Report on sanitation, dispensaries, and jails in Rajputana for 1919, and on vaccination for the year 1919-1920 - 1919-1920
Year: 1919
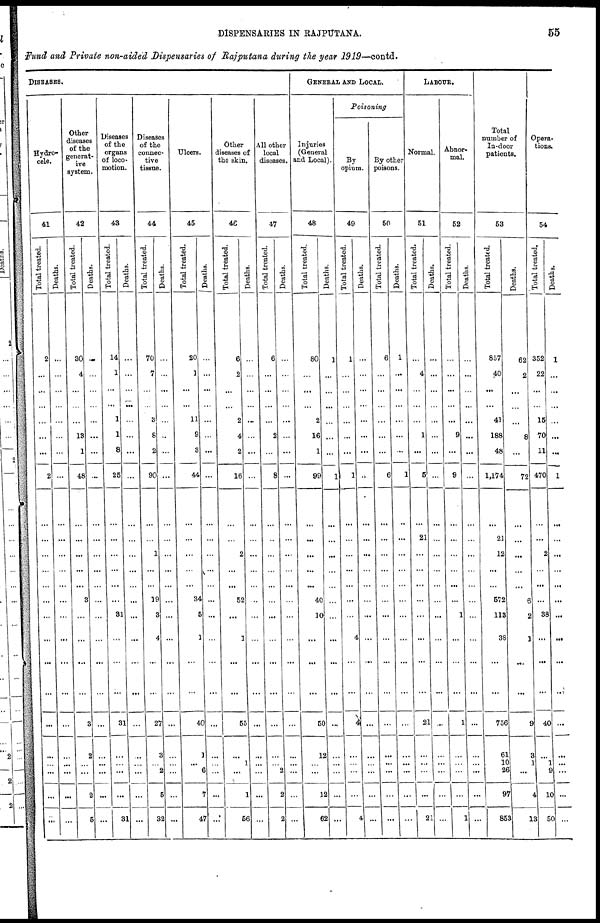
DISPENSARIES IN RAJPUTANA.
55
Fund and Private non-aided Dispensaries of Rajputana during the year 1919—contd.
DISEASES.
Hydro-
cele.
41
Total treated.
2
...
...
...
...
...
...
2
...
...
...
...
...
...
...
...
...
...
...
...
...
...
...
...
Deaths.
...
...
...
...
...
...
...
...
...
...
...
...
...
...
...
...
...
...
...
...
...
...
...
...
Other
diseases
of the
generat-
ive
system.
42
Total treated.
30
4
...
...
...
13
1
48
...
...
...
...
...
3
...
...
...
...
3
2
...
...
2
5
Deaths.
...
...
...
...
...
...
...
...
...
...
...
...
...
...
...
...
...
...
...
...
...
...
...
...
Diseases
of the
organs
of loco-
motion.
43
Total treated.
14
1
...
...
1
1
8
25
...
...
...
...
...
...
31
...
...
...
31
...
...
...
...
31
Deaths.
...
...
...
...
...
...
...
...
...
...
...
...
...
...
...
...
...
...
...
...
...
...
...
...
Diseases
of the
connec-
tive
tissue.
44
Total treated.
70
7
...
...
3
8
2
90
...
...
1
...
...
19
3
4
...
...
27
3
...
2
5
32
Deaths.
...
...
...
...
...
...
...
...
...
...
...
...
...
...
...
...
...
...
...
...
...
...
...
...
Ulcers.
45
Total treated.
20
1
...
...
11
9
3
44
...
...
...
...
...
34
5
1
...
...
40
1
...
6
7
47
Deaths.
...
...
...
...
...
...
...
...
...
...
...
...
...
...
...
...
...
...
...
...
...
...
...
...
Other
diseases of
the skin.
46
Total treated.
6
2
...
...
2
4
2
16
...
...
2
...
...
52
...
1
...
...
55
...
1
...
1
56
Deaths.
...
...
...
...
...
...
...
...
...
...
...
...
...
...
...
...
...
...
...
...
...
...
...
...
All other
local
diseases.
47
Total treated.
6
...
...
...
...
2
...
8
...
...
...
...
...
...
...
...
...
...
...
...
...
2
2
2
Deaths.
...
...
...
...
...
...
...
...
...
...
...
...
...
...
...
...
...
...
...
...
...
...
...
GENERAL AND LOCAL
Injuries
(General
and Local).
48
Total treated.
80
...
...
...
2
16
1
99
...
...
...
...
...
40
10
...
...
...
50
12
...
...
12
62
Deaths.
1
...
...
...
...
...
...
1
...
...
...
...
...
...
...
...
...
...
...
...
...
...
...
...
Poisoning
By
opium.
49
Total treated.
1
...
...
...
...
...
...
1
...
...
...
...
...
...
...
4
...
...
...
...
...
...
...
4
Deaths.
...
...
...
...
...
...
...
..
...
...
...
...
...
...
...
...
...
...
...
...
...
...
...
...
By other
poisons.
50
Total treated.
6
...
...
...
...
...
...
6
...
...
...
...
...
...
...
...
...
...
...
...
...
...
...
...
Deaths.
1
...
...
...
...
...
...
1
...
...
...
...
...
...
...
...
...
...
...
...
...
...
...
...
LABOUR.
Normal.
51
Total treated.
...
4
...
...
...
1
...
5
...
21
...
...
...
...
...
...
...
...
21
...
...
...
...
21
Deaths.
...
...
...
...
...
...
...
...
...
...
...
...
...
...
...
...
...
...
...
...
...
...
...
...
Abnor-
mal.
52
Total treated.
...
...
...
...
...
9
...
9
...
...
...
...
...
...
1
...
...
...
1
...
...
...
...
1
Deaths.
...
...
...
...
...
...
...
...
...
...
...
...
...
...
...
...
...
...
...
...
...
...
...
...
Total
number of
In-door
patients.
53
Total treated.
857
40
...
...
41
188
48
1,174
...
21
12
...
...
572
113
38
...
...
756
61
10
26
97
853
Deaths.
62
2
...
...
...
8
...
72
...
...
...
...
...
6
2
1
...
...
9
3
1
...
4
13
Opera-
tions.
54
Total treated.
352
22
...
...
15
70
11
470
...
...
2
...
...
...
38
...
...
...
40
...
1
9
10
50
Deaths.
1
...
...
...
...
...
...
1
...
...
...
...
...
...
...
...
...
...
...
...
...
...
...
...